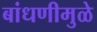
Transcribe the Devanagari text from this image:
बांधणीमुळे